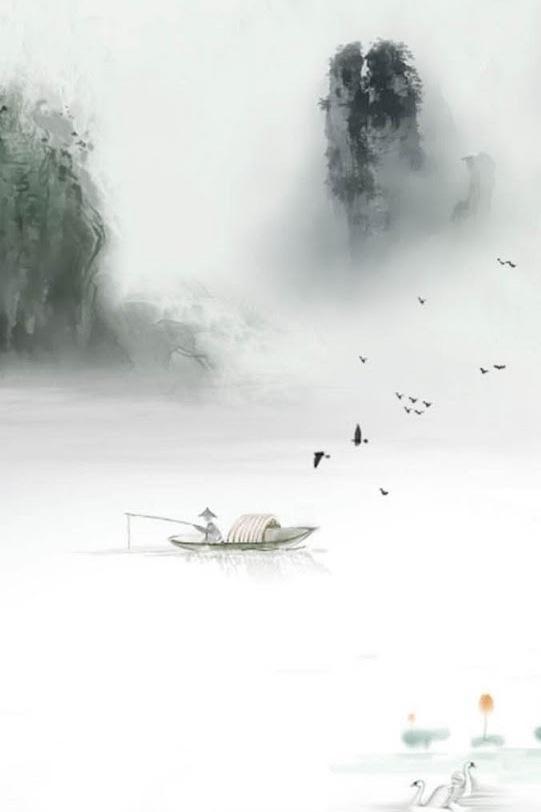
天将暮，雪乱舞，半梅花半飘柳絮。